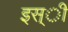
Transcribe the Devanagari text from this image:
इस्ी